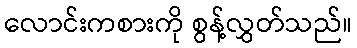
လောင်းကစားကို စွန့်လွှတ်သည်။